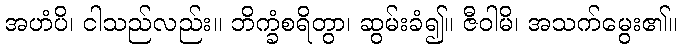
အဟံပိ၊ ငါသည်လည်း။ ဘိက္ခံစရိတွာ၊ ဆွမ်းခံ၍။ ဇီဝါမိ၊ အသက်မွေး၏။